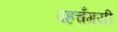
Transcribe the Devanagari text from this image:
पहचँगयी